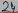
Text: 24